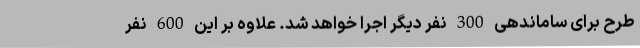
طرح برای ساماندهی 300 نفر دیگر اجرا خواهد شد. علاوه بر این 600 نفر